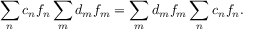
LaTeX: \sum _ { n } c _ { n } f _ { n } \* \sum _ { m } d _ { m } f _ { m } = \sum _ { m } d _ { m } f _ { m } \* \sum _ { n } c _ { n } f _ { n } .